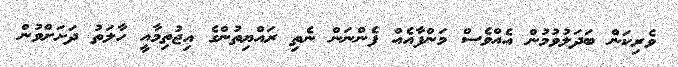
ވެރިކަން ބަދަލުވުމުން އެއްވެސް މަންފާއެއް ފެންނަން ނެތި ރައްޔިތުންގެ އިޖުތިމާއީ ހާލަތު ދަށަށްވުން